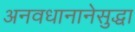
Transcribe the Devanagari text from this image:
अनवधानानेसुद्धा